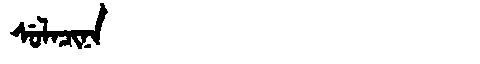
Manchu: ᠰᡠᠯᠠᠴᡳᠨᠠ
Romanization: SULACINA